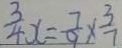
\frac { 3 } { 4 } x = \frac { 7 } { 9 } \times \frac { 3 } { 7 }